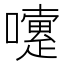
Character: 嚔